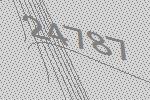
24787